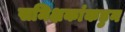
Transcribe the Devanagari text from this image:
समिक्षकांकडुन